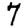
Digit: 7